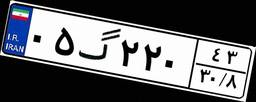
۰۵گ۲۲۰۴۳